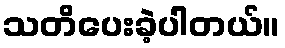
သတိပေးခဲ့ပါတယ်။